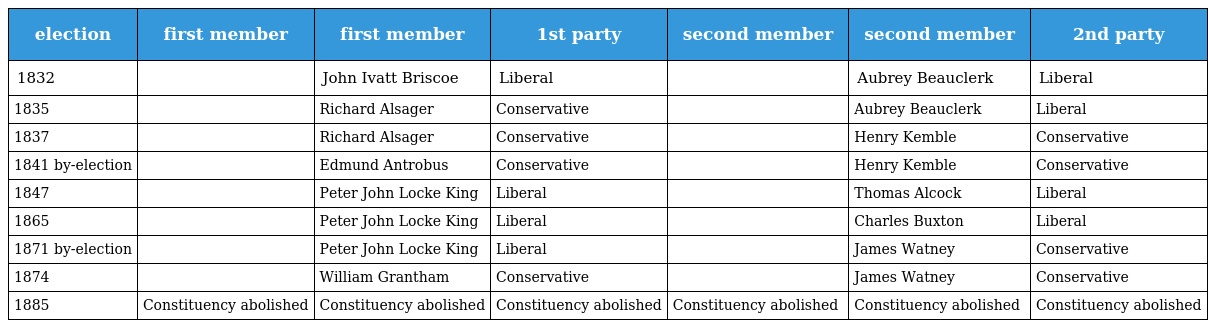
| election | first member | first member | 1st party | second member | second member | 2nd party |
 | --- | --- | --- | --- | --- | --- | --- |
 | 1832 |  | John Ivatt Briscoe | Liberal |  | Aubrey Beauclerk | Liberal |
 | 1835 |  | Richard Alsager | Conservative |  | Aubrey Beauclerk | Liberal |
 | 1837 |  | Richard Alsager | Conservative |  | Henry Kemble | Conservative |
 | 1841 by-election |  | Edmund Antrobus | Conservative |  | Henry Kemble | Conservative |
 | 1847 |  | Peter John Locke King | Liberal |  | Thomas Alcock | Liberal |
 | 1865 |  | Peter John Locke King | Liberal |  | Charles Buxton | Liberal |
 | 1871 by-election |  | Peter John Locke King | Liberal |  | James Watney | Conservative |
 | 1874 |  | William Grantham | Conservative |  | James Watney | Conservative |
 | 1885 | Constituency abolished | Constituency abolished | Constituency abolished | Constituency abolished | Constituency abolished | Constituency abolished |